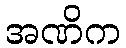
အဏိက